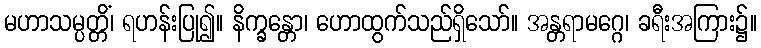
မဟာသမ္ပတ္တိံ၊ ရဟန်းပြု၍။ နိက္ခန္တော၊ ဟောထွက်သည်ရှိသော်။ အန္တရာမဂ္ဂေ၊ ခရီးအကြား၌။